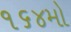
૧૬૪મો